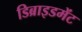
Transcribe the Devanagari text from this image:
डिब्राइडमेंट